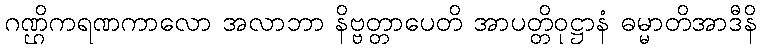
ဂဏ္ဌိကရဏကာလော အလာဘာ နိဗ္ဗတ္တာပေတိ အာပတ္တိဝုဋ္ဌာနံ ဓမ္မာတိအာဒီနိ